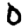
Digit: 0